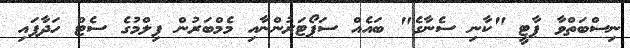
ނިސްބަތްވާ ޕާޓީ "ކާނި ސެނާގެ" ބައެއް ސަޕޯޓަރުންނާއި މެމްބަރުން ފިލްމުގެ ސެޓް ހަދާފައި